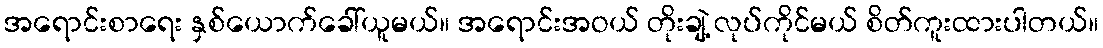
အရောင်းစာရေး နှစ်ယောက်ခေါ်ယူမယ်။ အရောင်းအဝယ် တိုးချဲ့ လုပ်ကိုင်မယ် စိတ်ကူးထားပါတယ်။